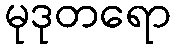
မုဒုတရော